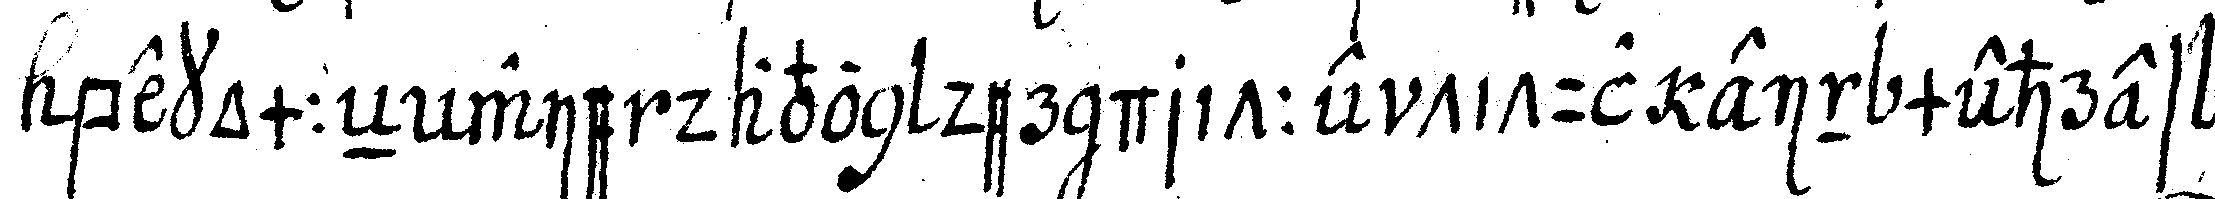
bekommeN wie davon der dritte titul ein mehres